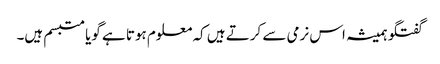
گفتگو ہمیشہ اس نرمی سے کرتے ہیں کہ معلوم ہوتا ہے گویا متبسم ہیں۔